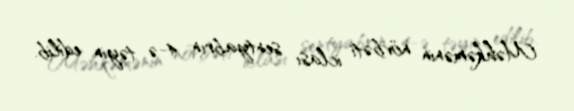
Məhkəmənin növbəti iclası sentyabrın 4-ə təyin edilib.